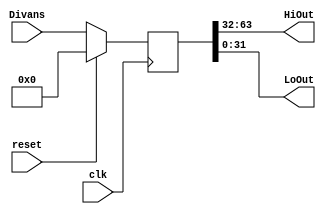

module HiLo( clk, Divans, HiOut, LoOut, reset );
input clk ;
input reset ;
input [63:0] Divans ;
output [31:0] HiOut ;
output [31:0] LoOut ;
reg [63:0] HiLo ;

always@( posedge clk )
begin
  if ( reset )
  begin
    HiLo = 64'b0 ;
  end
  else
  begin
    HiLo = Divans ;
  end
end

assign HiOut = HiLo[63:32] ;
assign LoOut = HiLo[31:0] ;
endmodule